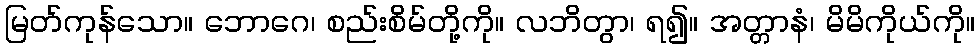
မြတ်ကုန်သော။ ဘောဂေ၊ စည်းစိမ်တို့ကို။ လဘိတွာ၊ ရ၍။ အတ္တာနံ၊ မိမိကိုယ်ကို။